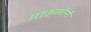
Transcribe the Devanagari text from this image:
माऊलींनी